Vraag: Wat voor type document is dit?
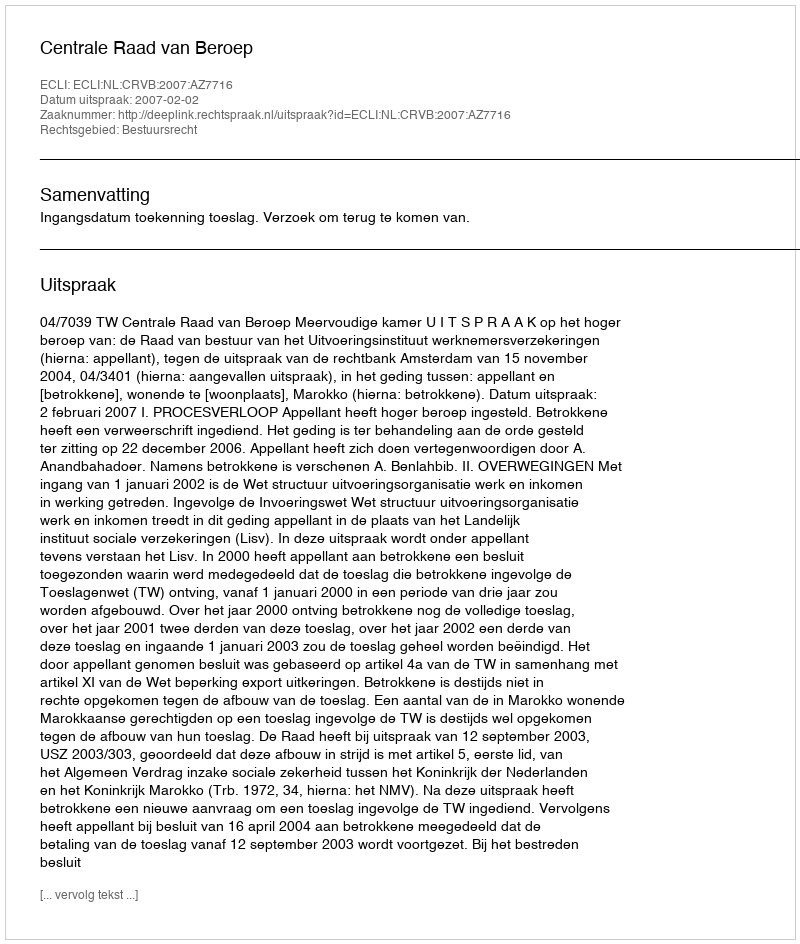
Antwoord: Uitspraak